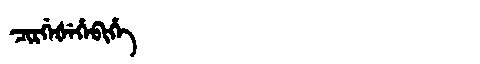
Manchu: ᠴᡳᡵᡤᡝᡧᡝᡥᡝᠪᡳᡥᡝ
Romanization: CIRGEŠEHEBIHE